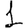
Digit: 1